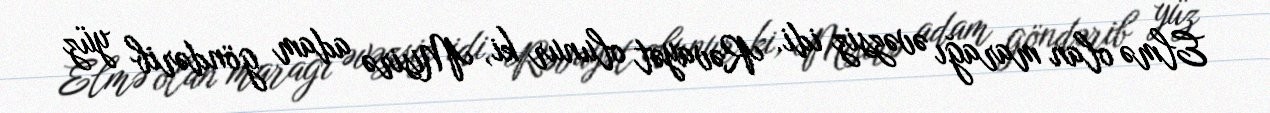
Elmə olan marağı əvəzsiz idi. Rəvayət olunur ki, Misirə adam göndərib yüz